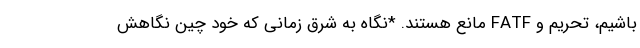
باشیم، تحریم و FATF مانع هستند. *نگاه به شرق زمانی که خود چین نگاهش